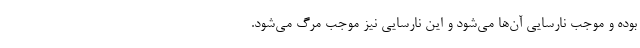
بوده و موجب نارسایی آن‌ها می‌شود و این نارسایی نیز موجب مرگ می‌شود.